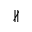
\nparallel